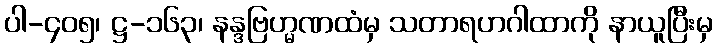
ပါ-၄၀၅၊ ဋ္ဌ-၁၆၃၊ နန္ဒဗြဟ္မဏထံမှ သတာရဟဂါထာကို နာယူပြီးမှ